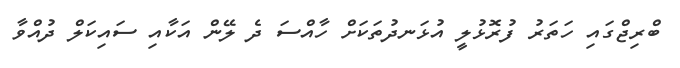
ބްރިޖްގައި ހަތަރު ފުރޮޅުލީ އުޅަނދުތަކަށް ހާއްސަ ދެ ލޭން އަކާއި ސައިކަލް ދުއްވާ